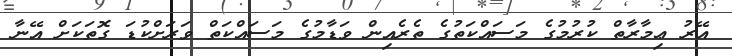
އޭރު ޢިމާރާތް ކުރުމުގެ މަސައްކަތުގެ ތެރެއިން ވަޑާމުގެ މަސައްކަތް ވަރަށްކުޑަ ގޮތަކަށް އޭނާ